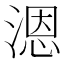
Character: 𰜩